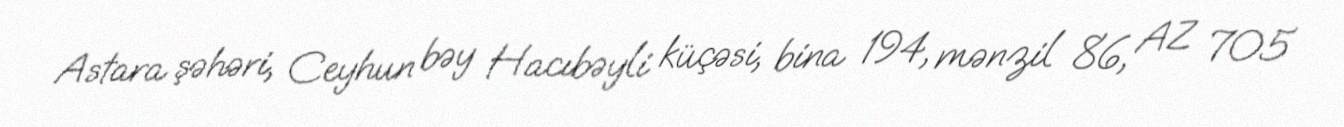
Astara şəhəri, Ceyhun bəy Hacıbəyli küçəsi, bina 194, mənzil 86, AZ 705